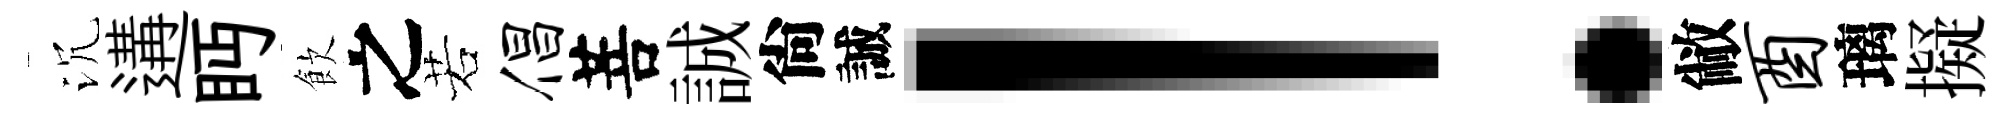
沉遘眄飲之若倡菩誠尙誠！敝酉璃擬